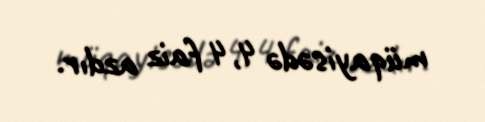
müqayisədə 4,4 faiz azdır.